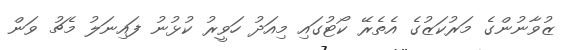
ޒުވާނުންގެ މަރުކަޒުގެ އެތެރޭ ކޯޓުގައި މިއަދު ހަވީރު ކުޅުނު ފައިނަލު މެޗު ވަން